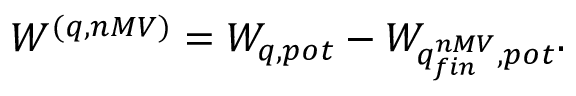
W ^ { ( q , n M V ) } = W _ { q , p o t } - W _ { q _ { f i n } ^ { n M V } , p o t } .